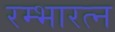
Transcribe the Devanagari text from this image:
रम्भारत्न